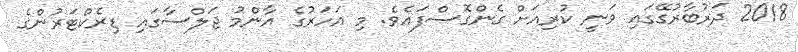
2018 ދަރުބާރުގޭގައި ވަނީ ކުރިއަށް ގެންގޮސްފައެވެ. މި އަހަރުގެ އާންމު ޖަލްސާގައި ޑިރެކްޓަރުންގެ